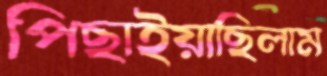
পিছাইয়াছিলাম